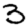
Digit: 3